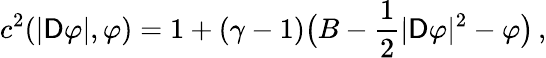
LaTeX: c^{2}(|\mathsf{D}\varphi|,\varphi)=1+(\gamma-1)\big(B-\frac{1}{2}|\mathsf{D}\varphi|^{2}-\varphi\big)\, ,